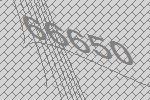
66650